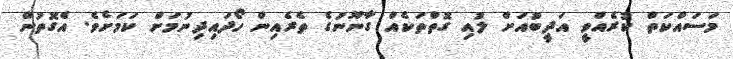
މަސައްކަތް ކުރެއްވީ އަދީބުއަށް ލުއި ގޮތްތަކެއް ގާނޫނުގެ ތެރެއިން ހޯދައިދިނުމަށް ކަމަށެވެ. އެގޮތުން